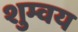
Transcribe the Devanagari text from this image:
शुम्वय